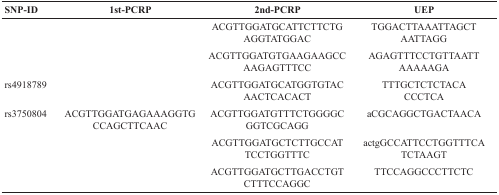
<table><thead><tr><td><b>SNP-ID</b></td><td><b>1st-PCRP</b></td><td><b>2nd-PCRP</b></td><td><b>UEP</b></td></tr></thead><tbody><tr><td>[EMPTY_CELL]</td><td>[EMPTY_CELL]</td><td>ACGTTGGATGCATTCTTCTG AGGTATGGAC</td><td>TGGACTTAAATTAGCT AATTAGG</td></tr><tr><td>[EMPTY_CELL]</td><td>[EMPTY_CELL]</td><td>ACGTTGGATGTGAAGAAGCC AAGAGTTTCC</td><td>AGAGTTTCCTGTTAATT AAAAAGA</td></tr><tr><td>rs4918789</td><td>[EMPTY_CELL]</td><td>ACGTTGGATGCATGGTGTAC AACTCACACT</td><td>TTTGCTCTCTACA CCCTCA</td></tr><tr><td>rs3750804</td><td>ACGTTGGATGAGAAAGGTG CCAGCTTCAAC</td><td>ACGTTGGATGTTTCTGGGGC GGTCGCAGG</td><td>aCGCAGGCTGACTAACA</td></tr><tr><td>[EMPTY_CELL]</td><td>[EMPTY_CELL]</td><td>ACGTTGGATGCTCTTGCCAT TCCTGGTTTC</td><td>actgGCCATTCCTGGTTTCA TCTAAGT</td></tr><tr><td>[EMPTY_CELL]</td><td>[EMPTY_CELL]</td><td>ACGTTGGATGCTTGACCTGT CTTTCCAGGC</td><td>TTCCAGGCCCTTCTC</td></tr></tbody></table>